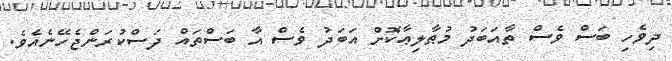
ދިވެހި ބަސް ވެސް ތާއަބަދު މުޠާލިޢާކޮށް އަބަދު ވެސް އާ ބަސްތައް ދަސްކުރަންޖެހޭނެއެވެ.